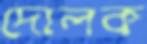
দোলক